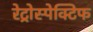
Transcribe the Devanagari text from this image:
रेट्रोस्‍पेक्टिफ